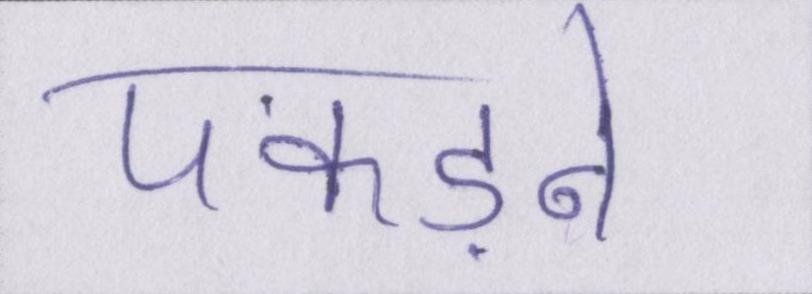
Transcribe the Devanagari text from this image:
पकड़ने